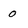
Character: 0